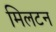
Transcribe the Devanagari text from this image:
मिलटन